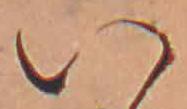
い